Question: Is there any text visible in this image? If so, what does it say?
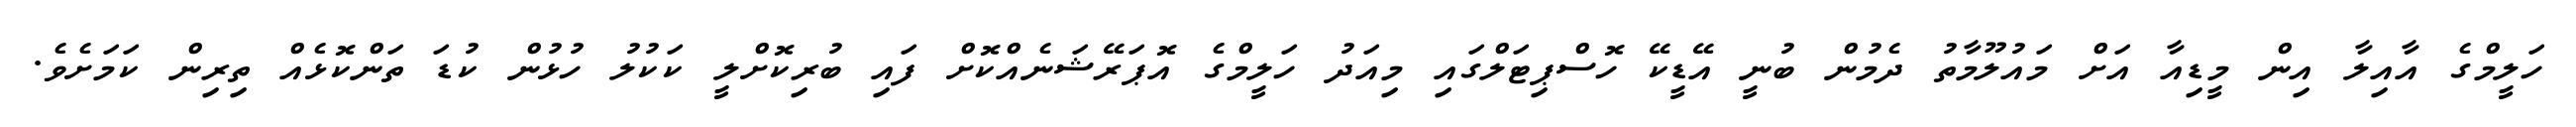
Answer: ހަލީމްގެ އާއިލާ އިން މީޑިއާ އަށް މައުލޫމާތު ދެމުން ބުނީ އޭޑީކޭ ހޮސްޕިޓަލްގައި މިއަދު ހަލީމްގެ އޮޕަރޭޝަނެއްކޮށް ފައި ބުރިކޮށްލީ ކަކުލު ހުޅުން ކުޑަ ތަންކޮޅެއް ތިރިން ކަމަށެވެ.